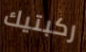
ركبتيك